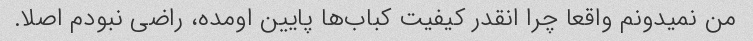
من نمیدونم واقعا چرا انقدر کیفیت کباب‌ها پایین اومده، راضی نبودم اصلا.